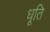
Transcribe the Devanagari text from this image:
धूति